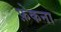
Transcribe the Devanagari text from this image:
फ़ेकना